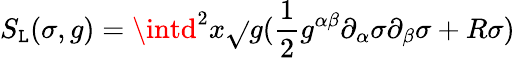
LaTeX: S_{\mathtt{L}}(\sigma,g)=\intd^{2}x\sqrt{}{g}(\frac{{1}}{{2}}g^{\alpha\beta}\partial_{\alpha}\sigma\partial_{\beta}\sigma+R\sigma)